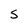
Character: S